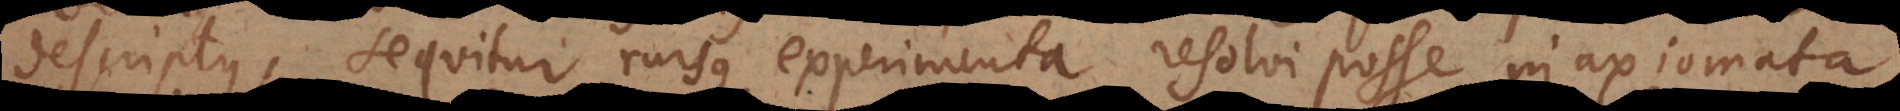
descriptus, sequitur rursus experimenta resolvi posse in axiomata,